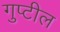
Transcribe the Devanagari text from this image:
गुप्टील